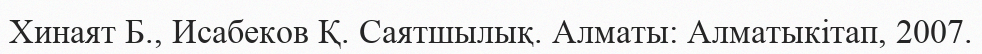
Хинаят Б., Исабеков Қ. Саятшылық. Алматы: Алматыкітап, 2007.